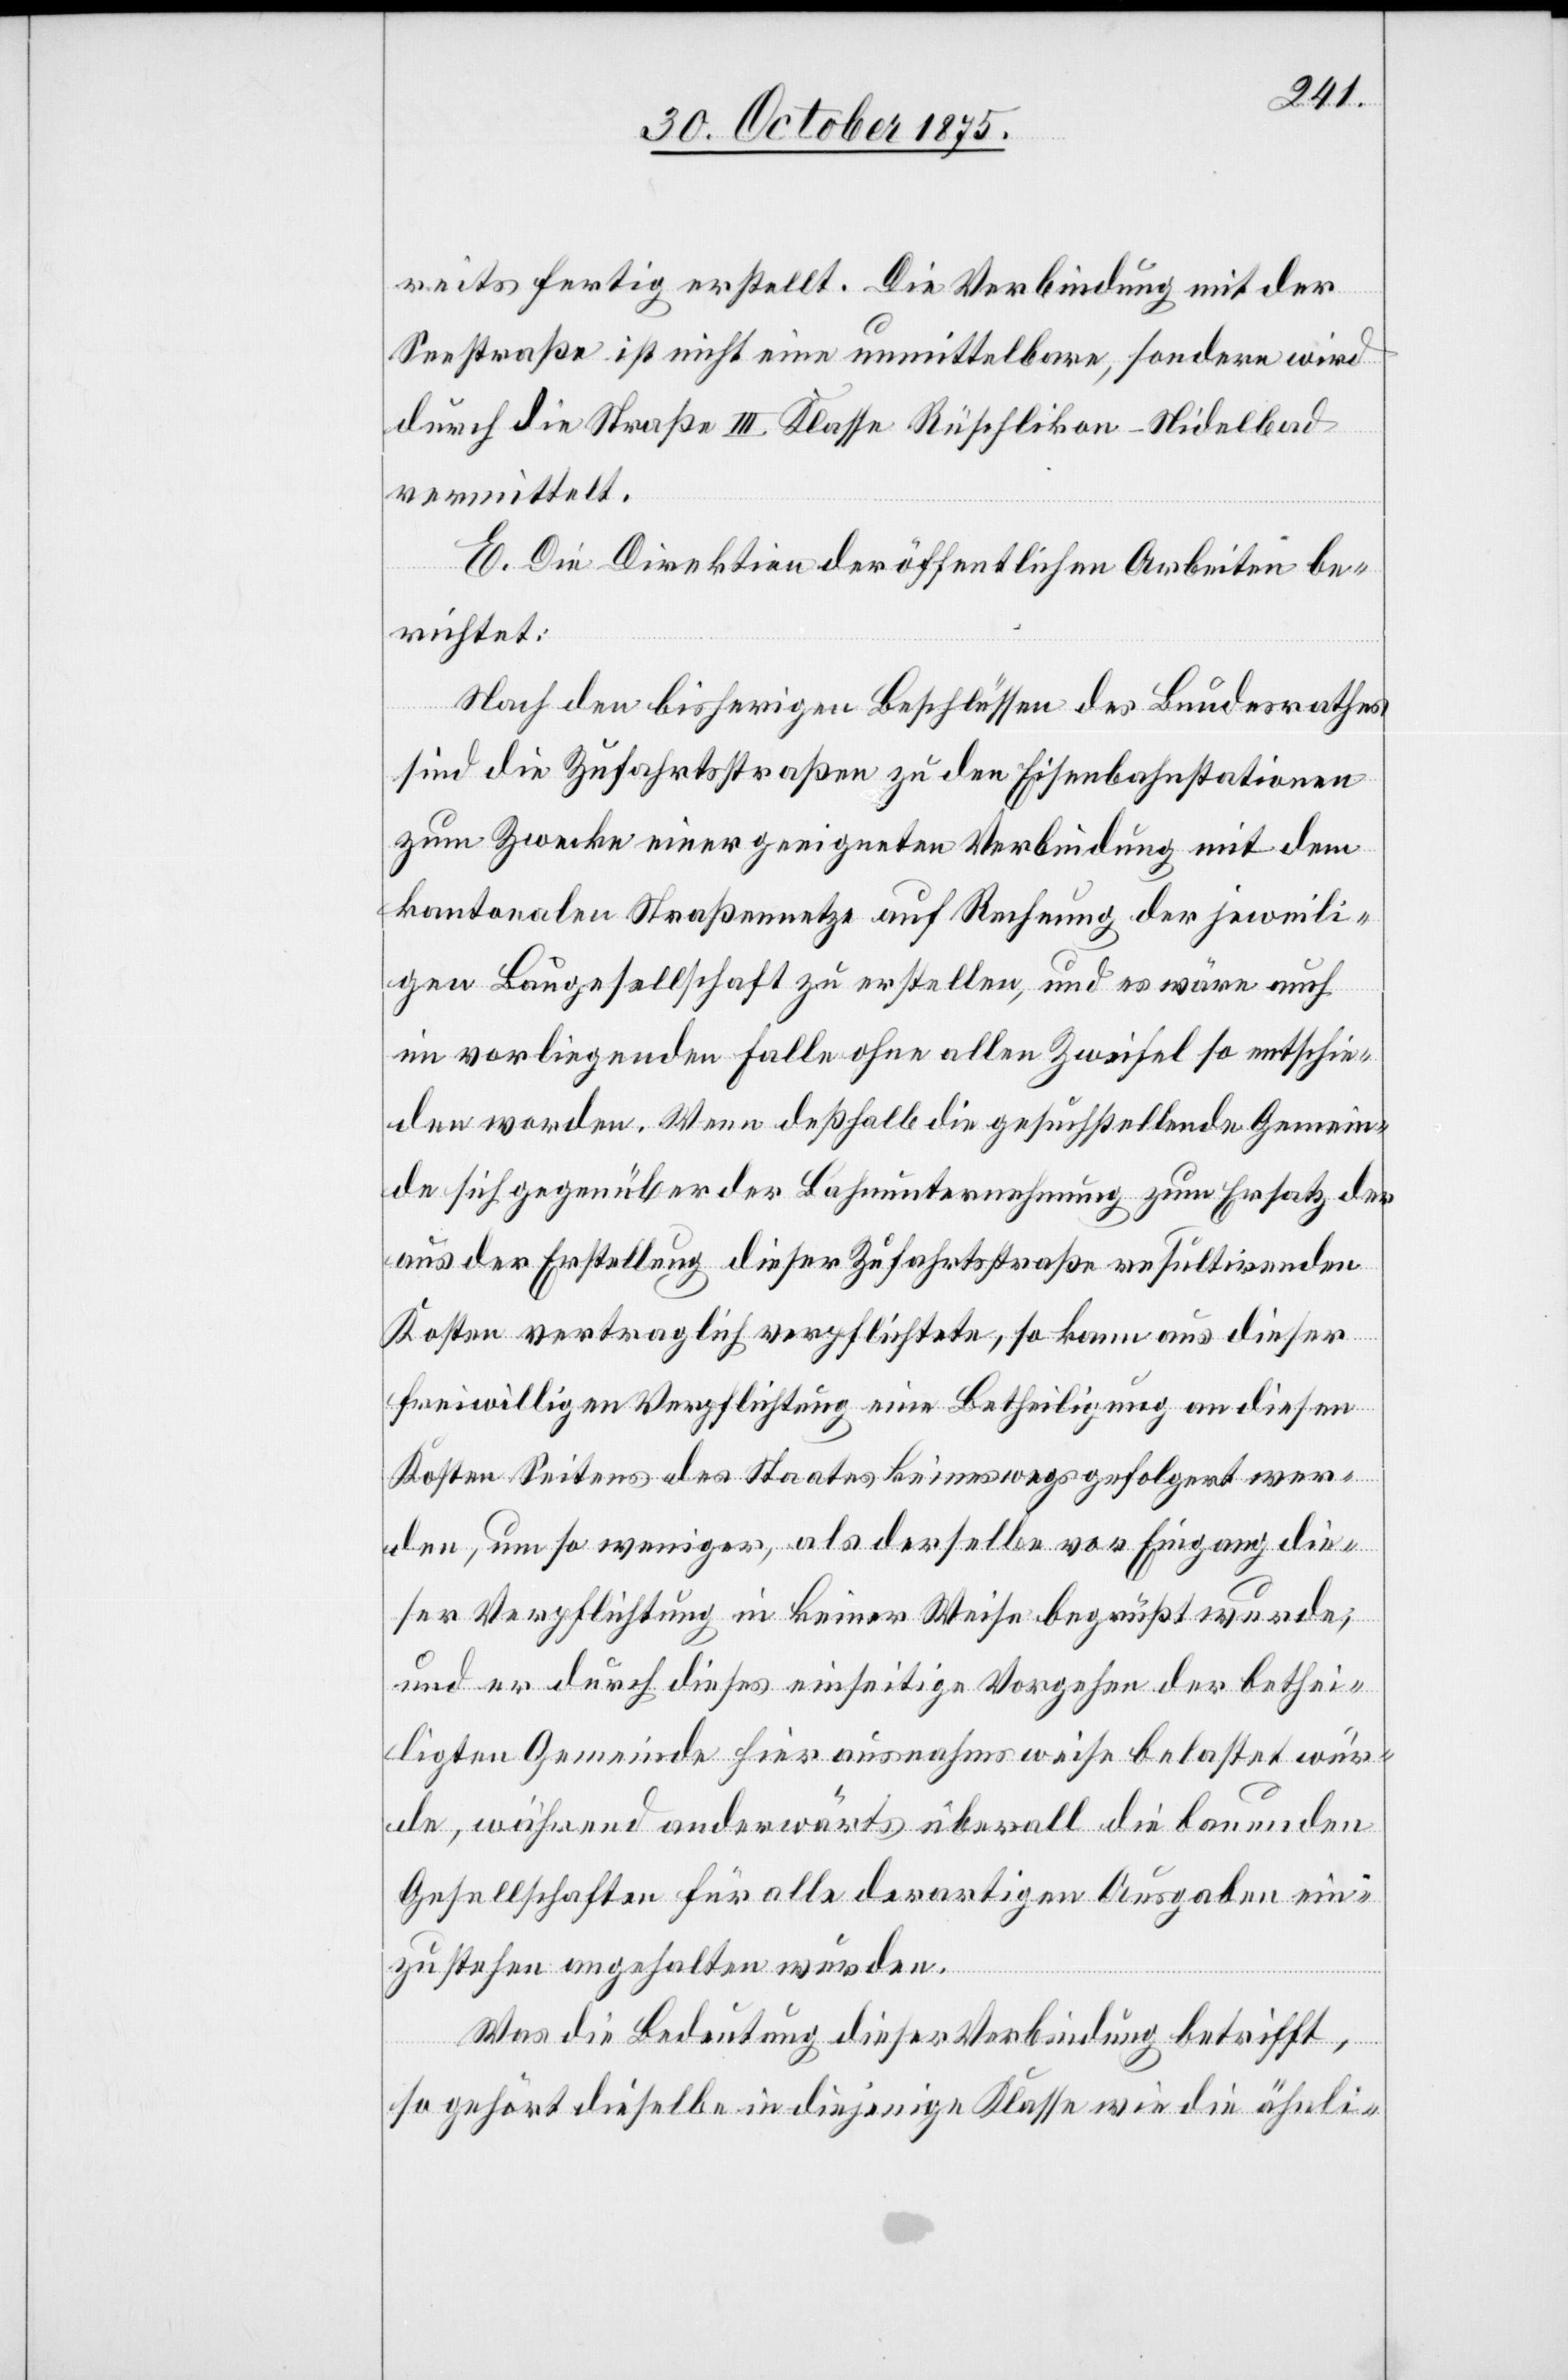
reits fertig erstellt. Die Verbindung mit der
Seestraße ist nicht eine unmittelbare, sondern wird
durch die Straße III. Klasse Rüschlikon–Nidelbad
vermittelt.
E. Die Direktion der öffentlichen Arbeiten be¬
richtet:
Nach den bisherigen Beschlüssen des Bundesrathes
sind die Zufahrtsstraßen zu den Eisenbahnstationen
zum Zwecke einer geeigneten Verbindung mit dem
kantonalen Straßennetze auf Rechnung der jeweili¬
gen Baugesellschaft zu erstellen, und es wäre auch
im vorliegenden Falle ohne allen Zweifel so entschie¬
den worden. Wenn deßhalb die gesuchstellende Gemein¬
de sich gegenüber der Bahnunternehmung zum Ersatz der
aus der Erstellung dieser Zufahrtsstraße resultirenden
Kosten vertraglich verpflichtete, so kann aus dieser
freiwilligen Verpflichtung eine Betheiligung an diesen
Kosten Seitens des Staates keineswegs gefolgert wer¬
den, um so weniger, als derselbe vor Eingang die¬
ser Verpflichtung in keiner Weise begrüßt wurde,
und er durch dieses einseitige Vorgehen der bethei¬
ligten Gemeinde hier ausnahmsweise belastet wür¬
de, während anderwärts überall die bauenden
Gesellschaften für alle derartigen Ausgaben ein¬
zustehen angehalten wurden.
Was die Bedeutung dieser Verbindung betrifft,
so gehört dieselbe in diejenige Klasse wie die ähnli-